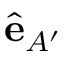
\hat { \mathbf { e } } _ { A ^ { \prime } }